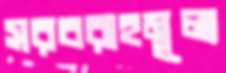
সরবরাহমূল্য